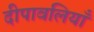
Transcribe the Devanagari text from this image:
दीपावलियाँ